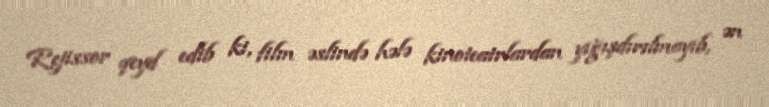
Rejissor qeyd edib ki, film əslində hələ kinoteatrlardan yığışdırılmayıb, ən